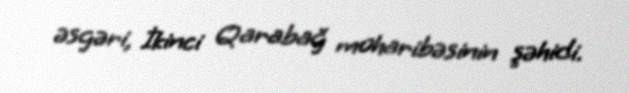
əsgəri, İkinci Qarabağ müharibəsinin şəhidi.